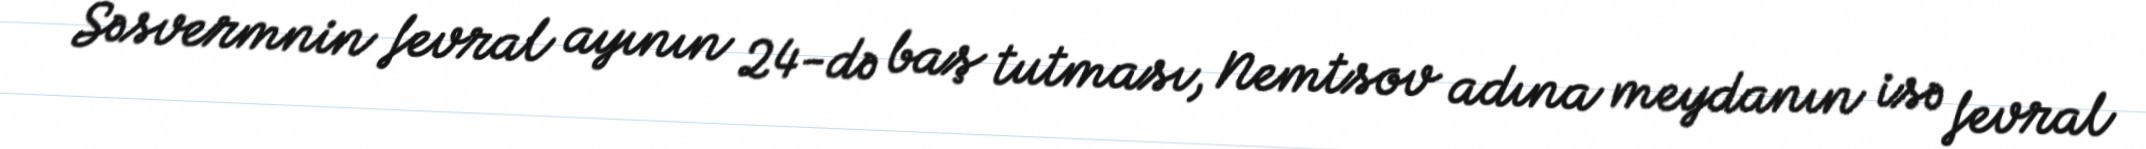
Səsvermnin fevral ayının 24-də baş tutması, Nemtsov adına meydanın isə fevral